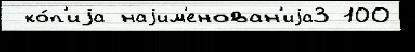
 ко́п'иjа наjим'енован'иjа3 100